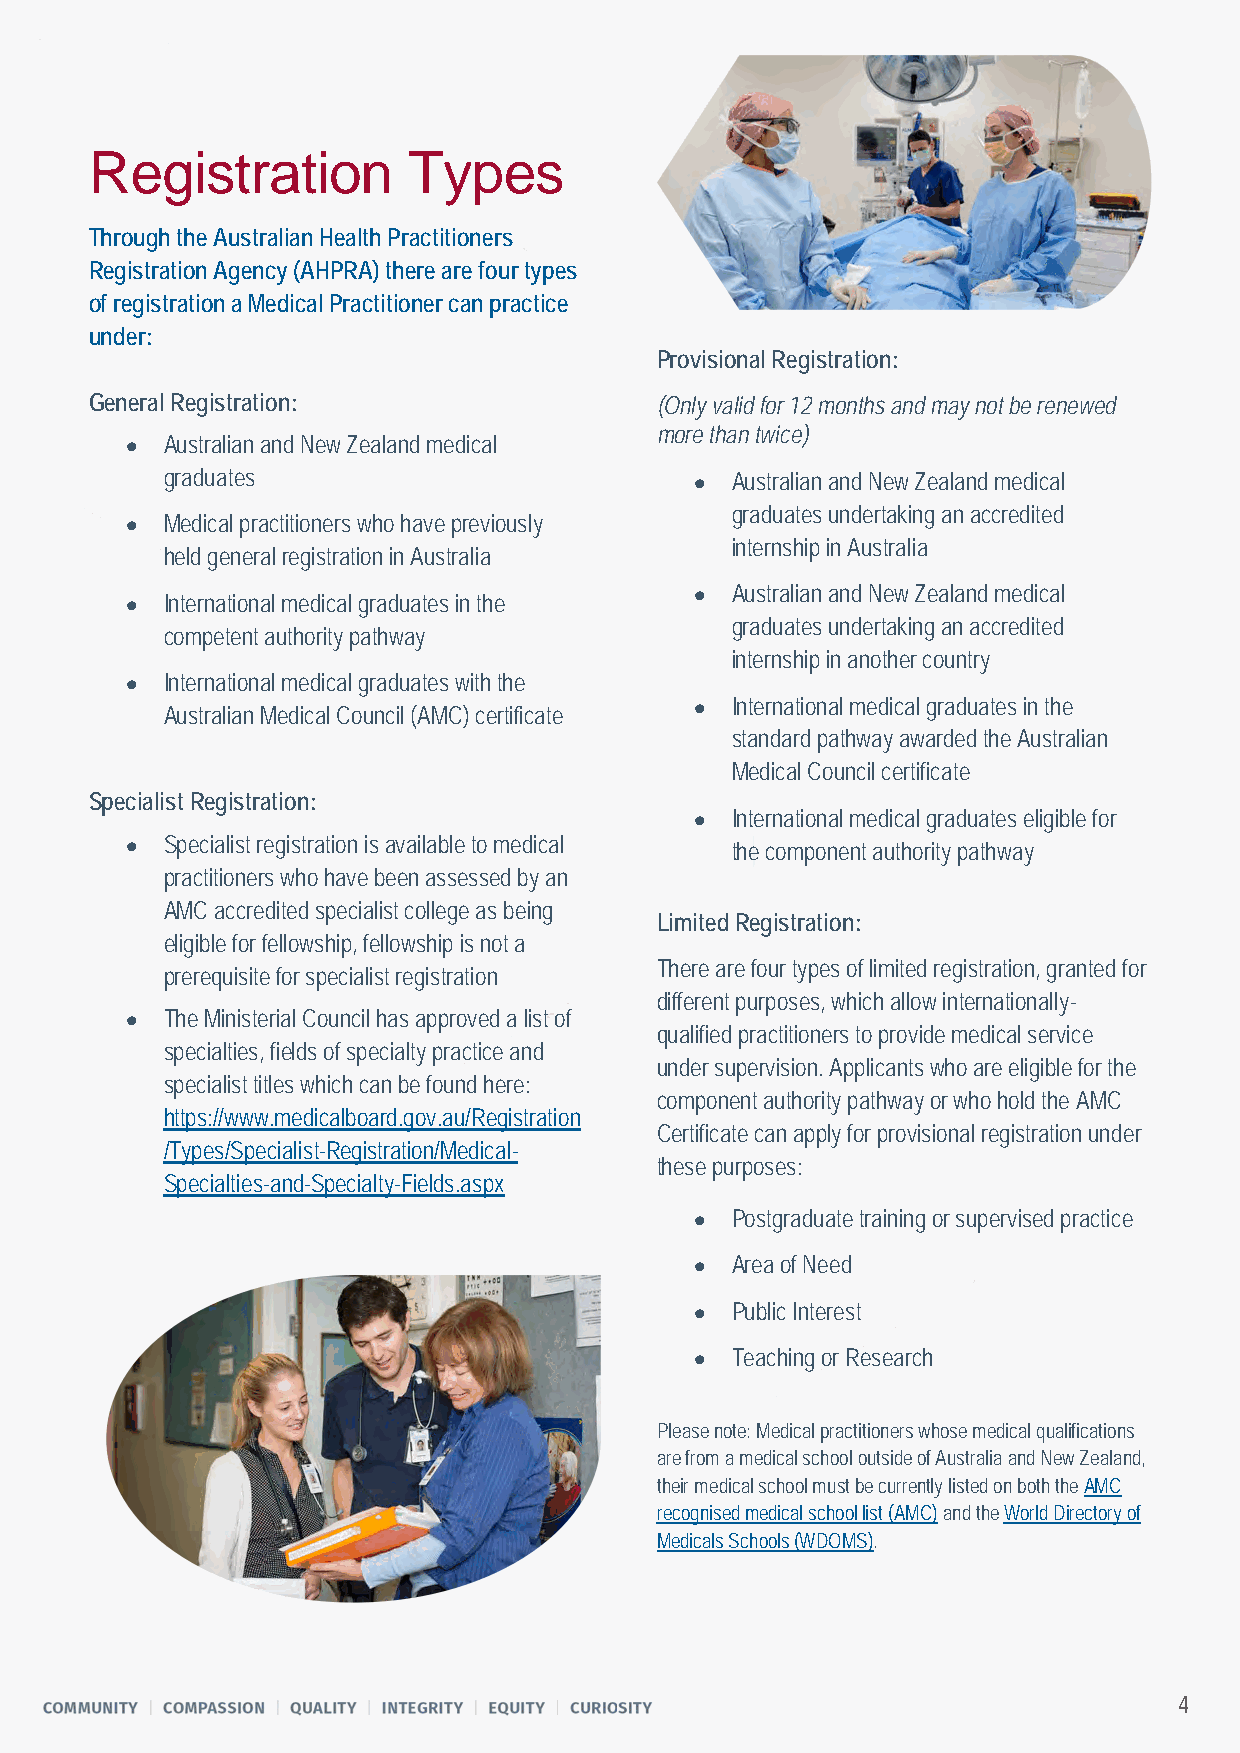
Registration         Types
 Through the Australian Health Practitioners
 Registration Agency (AHPRA) there are four types
 of registration a Medical Practitioner can practice
 under:
 Provisional Registration:
 General Registration:                (Only valid for 12 months and may not be renewed
 more than twice)
 •  Australian and New Zealand medical
 graduates                          • Australian and New Zealand medical
 graduates undertaking an accredited
 •  Medical practitioners who have previously
 internship in Australia
 held general registration in Australia
 • Australian and New Zealand medical
 •  International medical graduates in the
 graduates undertaking an accredited
 competent authority pathway
 internship in another country
 •  International medical graduates with the
 • International medical graduates in the
 Australian Medical Council (AMC) certificate
 standard pathway awarded the Australian
 Medical Council certificate
 Specialist Registration:
 • International medical graduates eligible for
 •  Specialist registration is available to medical
 the component authority pathway
 practitioners who have been assessed by an
 AMC accredited specialist college as being
 Limited Registration:
 eligible for fellowship, fellowship is not a
 There are four types of limited registration, granted for
 prerequisite for specialist registration
 different purposes, which allow internationally-
 •  The Ministerial Council has approved a list of
 qualified practitioners to provide medical service
 specialties, fields of specialty practice and
 under supervision. Applicants who are eligible for the
 specialist titles which can be found here:
 component authority pathway or who hold the AMC
 https://www.medicalboard.gov.au/Registration
 Certificate can apply for provisional registration under
 /Types/Specialist-Registration/Medical-
 these purposes:
 Specialties-and-Specialty-Fields.aspx
 • Postgraduate training or supervised practice
 • Area of Need
 • Public Interest
 • Teaching or Research
 Please note: Medical practitioners whose medical qualifications
 are from a medical school outside of Australia and New Zealand,
 their medical school must be currently listed on both the AMC
 recognised medical school list (AMC) and the World Directory of
 Medicals Schools (WDOMS).
 4